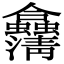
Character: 𠑴